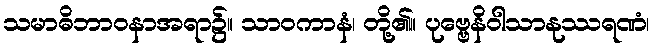
သမာဓိဘာဝနာအရာ၌။ သာဝကာနံ၊ တို့၏။ ပုဗ္ဗေနိဝါသာနုဿရဏံ၊